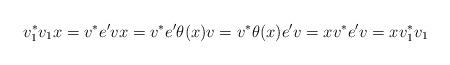
LaTeX: \begin{align*}v_1^*v_1x = v^*e'vx = v^*e'\theta(x)v = v^*\theta(x)e'v = xv^*e'v = xv_1^*v_1\end{align*}